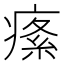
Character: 𤸍